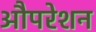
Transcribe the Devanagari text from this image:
औपरेशन